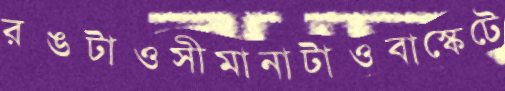
রঙটাওসীমানাটাওবাস্কেটে